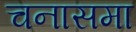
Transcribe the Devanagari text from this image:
चनासमा